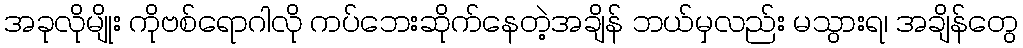
အခုလိုမျိုး ကိုဗစ်ရောဂါလို ကပ်ဘေးဆိုက်နေတဲ့အချိန် ဘယ်မှလည်း မသွားရ၊ အချိန်တွေ